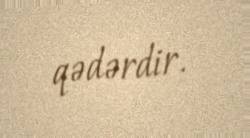
qədərdir.